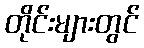
တိုင်းများတွင်